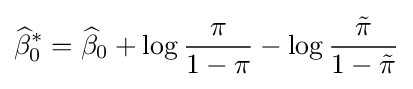
{\widehat {\beta }}_{0}^{*}={\widehat {\beta }}_{0}+\log {\frac {\pi }{1-\pi }}-\log {{\tilde {\pi }} \over {1-{\tilde {\pi }}}}